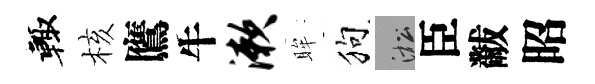
輙核鷹牛漱眸狗淞臣黻昭